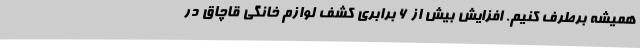
همیشه برطرف کنیم. افزایش بیش از 6 برابری کشف لوازم خانگی قاچاق در